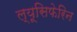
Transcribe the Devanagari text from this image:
ल्यूसिफेरिन